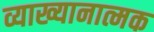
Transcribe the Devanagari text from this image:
व्याख्यानात्मक